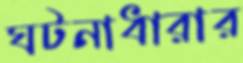
ঘটনাধারার